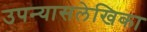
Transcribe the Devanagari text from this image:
उपन्यासलेखिका